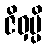
ဇိဝှမ္ပိ